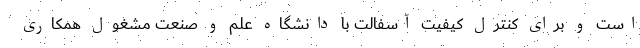
است و برای کنترل کیفیت آسفالت با دانشگاه علم و صنعت مشغول همکاری